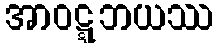
အာဝဋ္ဋဘယဿ